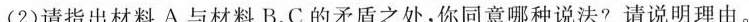
(2)请指出材料A与材料B、C的矛盾之处，你同意哪种说法?请说明理由。